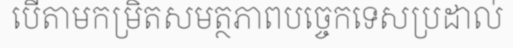
បើតាមកម្រិតសមត្ថភាពបច្ចេកទេសប្រដាល់